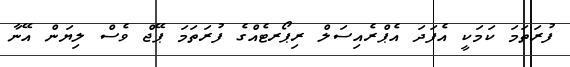
ފުރަތަމަ ކަމަކީ އެފަދަ އެޕްރެއިސަލް ރިޕޯރޓެއްގެ ފުރަތަމަ ޕޭޖް ވެސް ލިޔަން އޭނާ